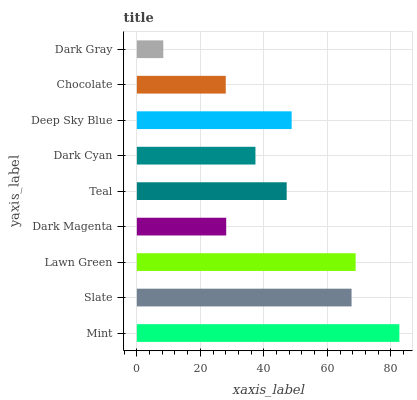
| yaxis_label | bars |
 | --- | --- |
 | Mint | 82.7 |
 | Slate | 67.6 |
 | Lawn Green | 68.9 |
 | Dark Magenta | 28.1 |
 | Teal | 47.2 |
 | Dark Cyan | 37.4 |
 | Deep Sky Blue | 48.8 |
 | Chocolate | 28 |
 | Dark Gray | 8.32 |